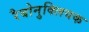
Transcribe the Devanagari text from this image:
रैबोनुक्लियक